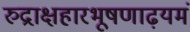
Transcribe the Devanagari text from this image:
रुद्राक्षहारभूषणाढ़यमं